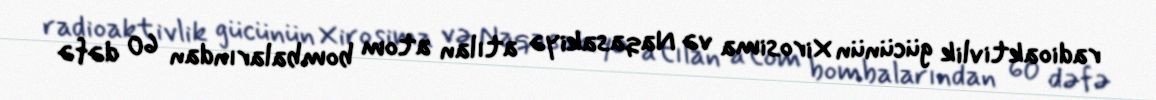
radioaktivlik gücünün Xirosima və Naqasakiyə atılan atom bombalarından 60 dəfə